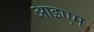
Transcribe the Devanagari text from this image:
आइएम